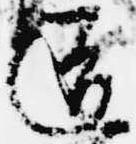
道